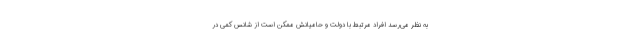
به نظر می‌رسد افراد مرتبط با دولت و حامیانش ممکن است از شانس کمی در